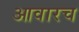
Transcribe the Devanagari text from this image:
आवारच